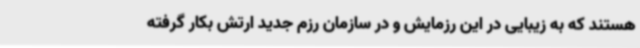
هستند که به زیبایی در این رزمایش و در سازمان رزم جدید ارتش بکار گرفته